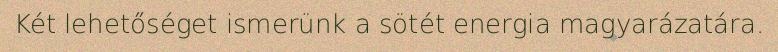
Két lehetőséget ismerünk a sötét energia magyarázatára.